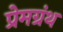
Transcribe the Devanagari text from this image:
प्रेमग्रंथ